Annual report of the Punjab Veterinary College and of the Civil Veterinary Department, Punjab - 1909-1919
Year: 1909
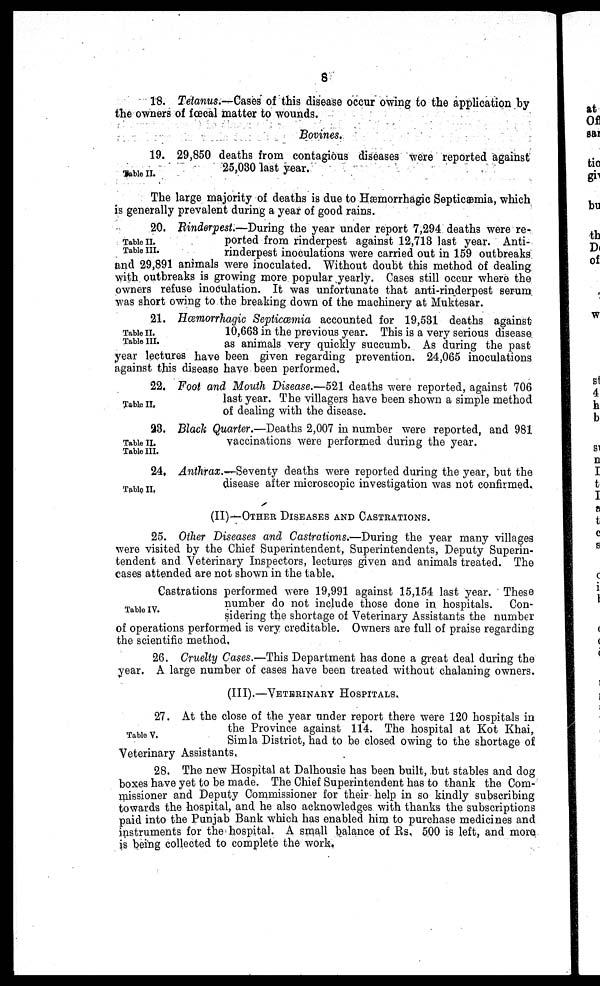
8
18. Tetanus.—Cases of this disease occur owing to the application by
the owners of fœcal matter to wounds.
Bovines.
Table II.
19. 29,850 deaths from contagious diseases were reported against
25,030 last year.
The large majority of deaths is due to Hæmorrhagic Septicæmia, which
is generally prevalent during a year of good rains.
Table II.
Table III.
20. Rinderpest.—During the year under report 7,294 deaths were re-
ported from rinderpest against 12,713 last year. Anti-
rinderpest inoculations were carried out in 159 outbreaks
and 29,891 animals were inoculated. Without doubt this method of dealing
with outbreaks is growing more popular yearly. Cases still occur where the
owners refuse inoculation. It was unfortunate that anti-rinderpest serum
was short owing to the breaking down of the machinery at Muktesar.
Table II.
Table III.
21. Hæmorrhagic Septicæmia accounted for 19,531 deaths against
10,663 in the previous year. This is a very serious diseas e
as animals very quickly succumb. As during the past
year lectures have been given regarding prevention, 24,065 inoculations
against this disease have been performed.
Table II,
22. Foot and Mouth Disease.—521 deaths were reported, against 706
last year. The villagers have been shown a simple method
of dealing with the disease.
Table II.
Table III.
23. Black Quarter.—Deaths 2,007 in number were reported, and 981
vaccinations were performed during the year.
Table II,
24. Anthrax.-Seventy
deaths were reported during the year, but the
disease after microscopic investigation was not confirmed.
(II)—OTHER DISEASES AND CASTRATIONS.
25. Other Diseases and Castrations.—During the year many villages
were visited by the Chief Superintendent, Superintendents, Deputy Superin-
tendent and Veterinary Inspectors, lectures given and animals treated. The
cases attended are not shown in the table.
Table IV.
Castrations performed were 19,991 against 15,154 last year. These
number do not include those done in hospitals. Con-
sidering the shortage of Veterinary Assistants the number
of operations performed is very creditable. Owners are full of praise regarding
the scientific method,
26. Cruelty Cases.—This Department has done a great deal during the
year. A large number of cases have been treated without chalaning owners.
(III).—VETERINARY HOSPITALS.
Table V.
27. At the close of the year under report there were 120 hospitals in
the Province against 114. The hospital at Kot Khai,
Simla District, had to be closed owing to the shortage of
Veterinary Assistants,
28. The new Hospital at Dalhousie has been built, but stables and dog
boxes have yet to be made. The Chief Superintendent has to thank the Com-
missioner and Deputy Commissioner for their help in so kindly subscribing
towards the hospital, and he also acknowledges with thanks the subscriptions
paid into the Punjab Bank which has enabled him to purchase medicines and
instruments for the hospital. A small balance of Rs. 500 is left, and more
is being collected to complete the work.